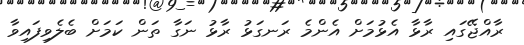
ރާއްޖޭގައި ރާޅާ އެޅުމަށް އެންމެ ރަނގަޅު ރާޅު ނަގާ ތަން ކަމަށް ބެލެވިފައިވާ